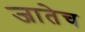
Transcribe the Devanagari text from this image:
जातेच